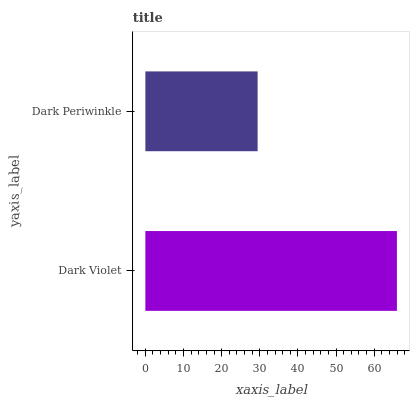
| yaxis_label | bars |
 | --- | --- |
 | Dark Violet | 66 |
 | Dark Periwinkle | 29.4 |